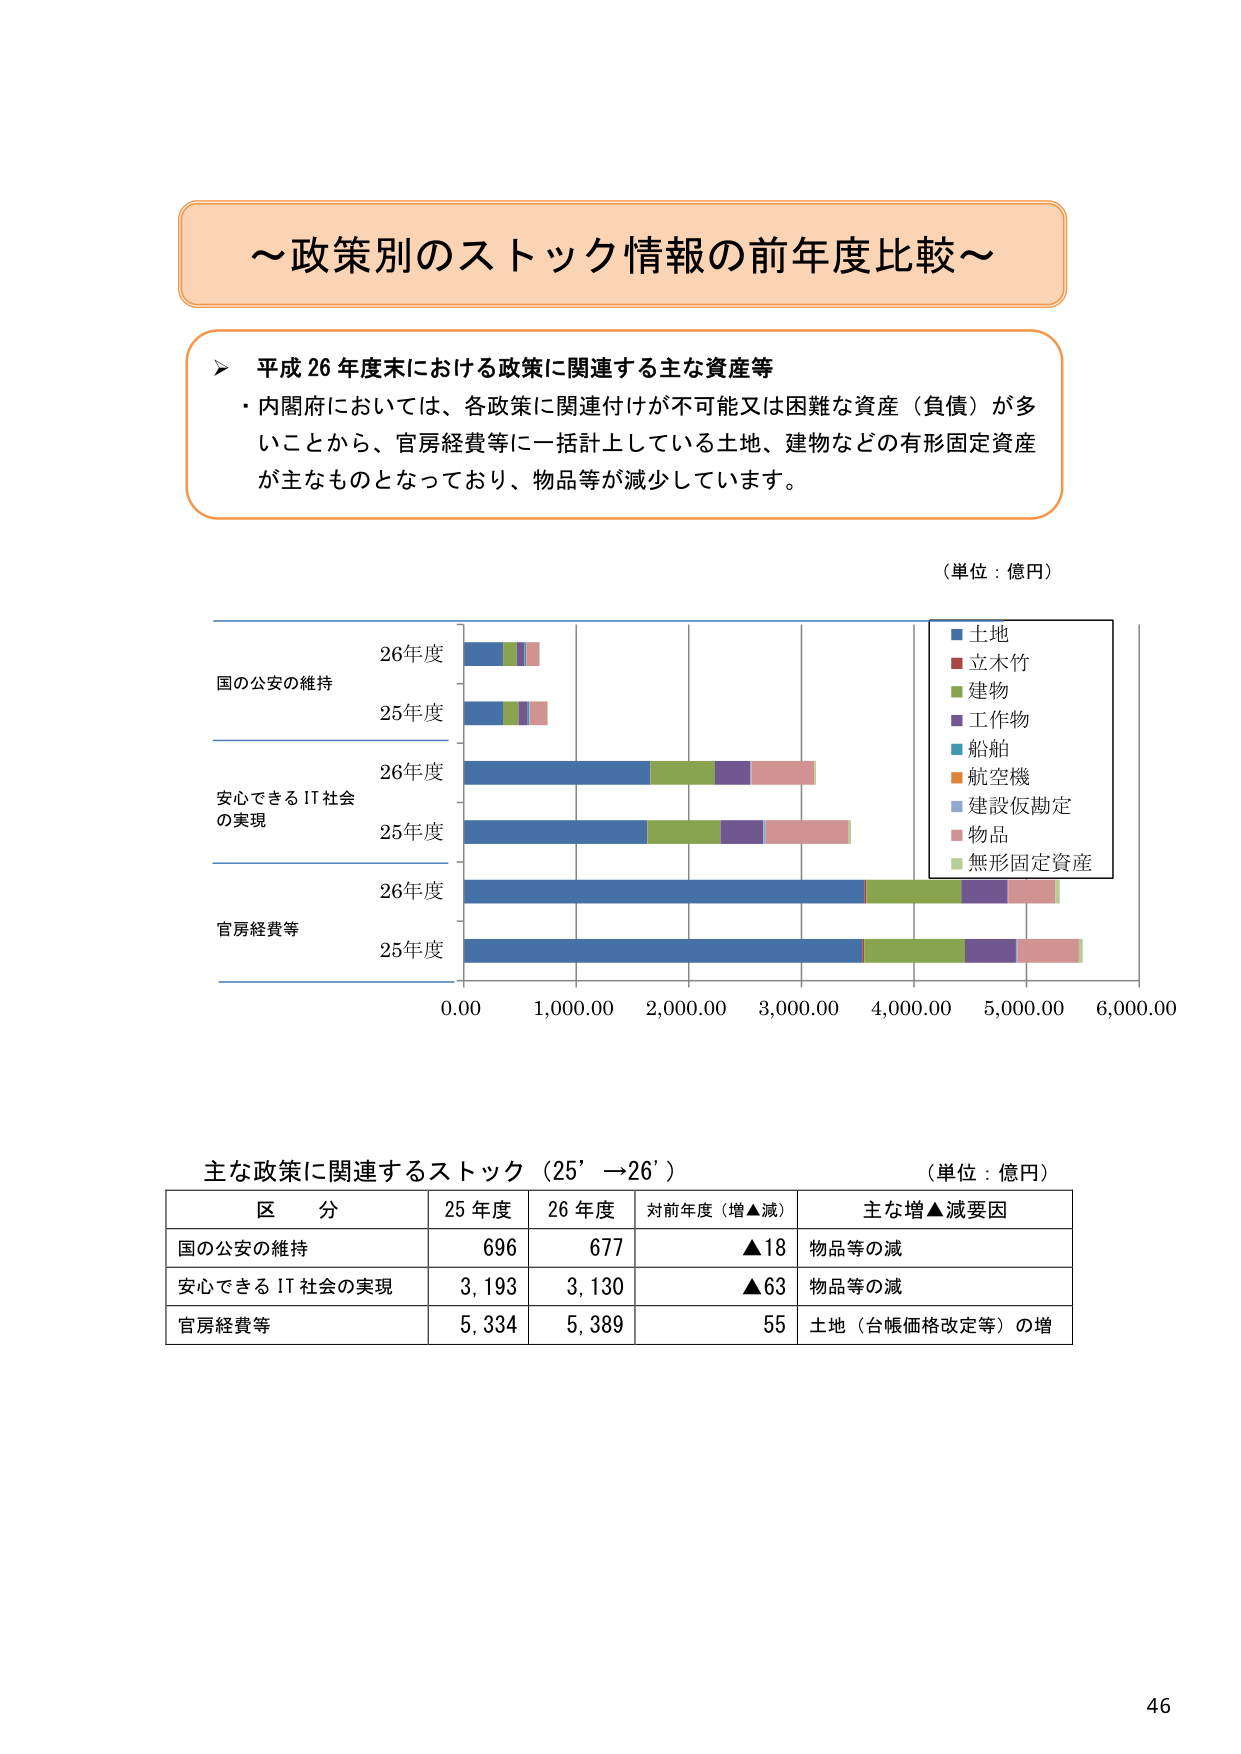
～政策別のストック情報の前年度比較～

平成26年度末における政策に関連する主な資産等
・内閣府においては、各政策に関連付けが不可能又は困難な資産（負債）が多いことから、官房経費等に一括計上している土地、建物などの有形固定資産が主なものとなっており、物品等が減少しています。

（単位：億円）

26年度
25年度
国の公安の維持

26年度
25年度
安心できるIT社会の実現

26年度
25年度
官房経費等

0.00 1,000.00 2,000.00 3,000.00 4,000.00 5,000.00 6,000.00

■土地
■立木竹
■建物
■工作物
■船舶
■航空機
■建設仮勘定
■物品
■無形固定資産

主な政策に関連するストック（25’→26’）
（単位：億円）

区分 25年度 26年度 対前年度（増▲減） 主な増▲減要因
国の公安の維持 696 677 ▲18 物品等の減
安心できるIT社会の実現 3,193 3,130 ▲63 物品等の減
官房経費等 5,334 5,389 55 土地（台帳価格改定等）の増

46